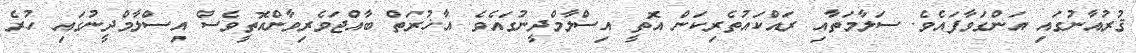
ޤުރުއާނުގައި އަންގަވާފައެވެ. ސަލާމަތާއި ރައްކައުތެރިކަން އޮތީ އިސްލާމްދީނުގައެވެ. އާޚުރަތް ބާއްޖަވެރިވާންއޮތީވެސް އިސްލާމްދީނުގައި ހުރެ